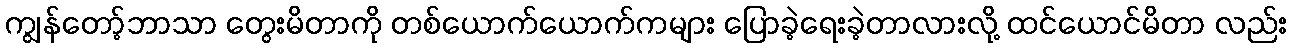
ကျွန်တော့်ဘာသာ တွေးမိတာကို တစ်ယောက်ယောက်ကများ ပြောခဲ့ရေးခဲ့တာလားလို့ ထင်ယောင်မိတာ လည်း